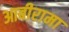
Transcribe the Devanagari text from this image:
आबीरामा